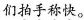
们\underset{·}{拍}\underset{·}{手}\underset{·}{称}\underset{·}{快}